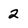
Character: 2